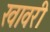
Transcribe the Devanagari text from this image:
खावरी